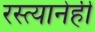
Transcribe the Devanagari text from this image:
रस्त्यानेही